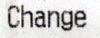
CHANGE